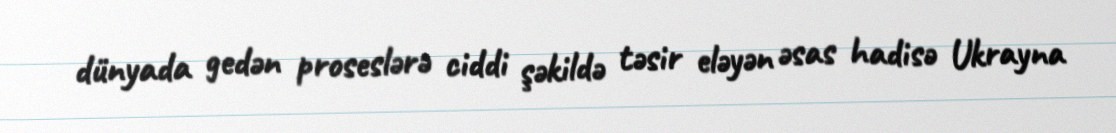
dünyada gedən proseslərə ciddi şəkildə təsir eləyən əsas hadisə Ukrayna